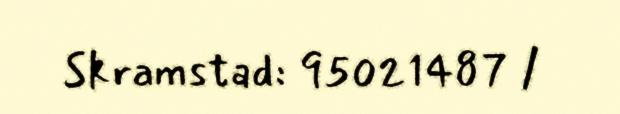
Skramstad: 95021487 /